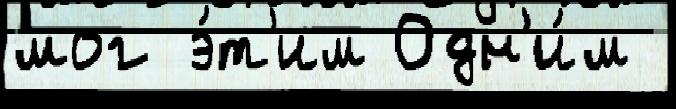
мог э́т'им Одн'и́м